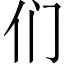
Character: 们